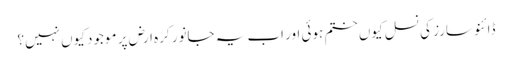
ڈائنوسارز کی نسل کیوں ختم ہوئی اور اب یہ جانور کرہ ارض پر موجود کیوں نہیں؟